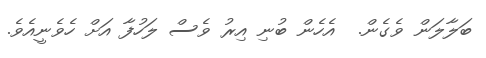
ބަލާލަން ވެގެން.  އެހެން ބުނި އިރު ވެސް ލަހުފާ އަށް ހެވެނީއެވެ.